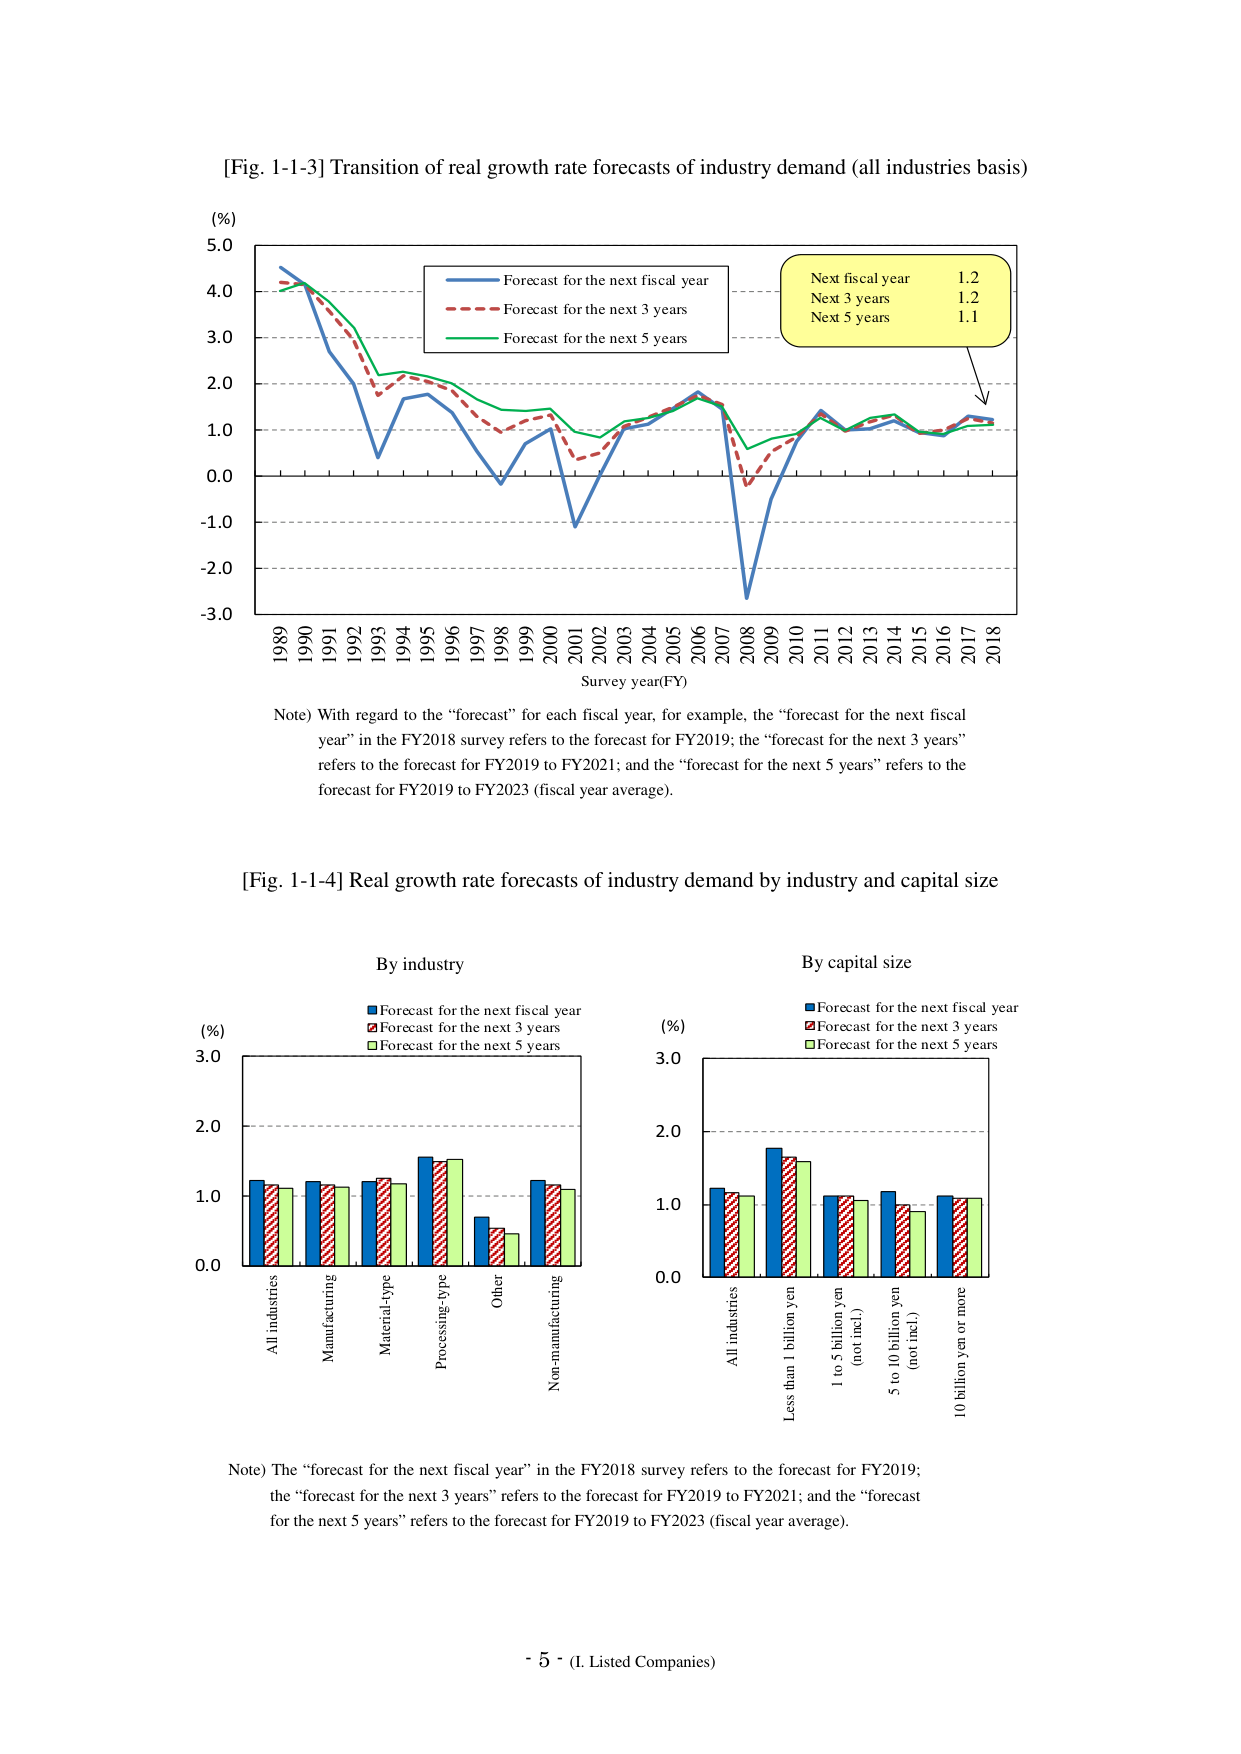
[Fig. 1-1-3] Transition of real growth rate forecasts of industry demand (all industries basis)

(%)
5.0
4.0
3.0
2.0
1.0
0.0
-1.0
-2.0
-3.0

1989 1990 1991 1992 1993 1994 1995 1996 1997 1998 1999 2000 2001 2002 2003 2004 2005 2006 2007 2008 2009 2010 2011 2012 2013 2014 2015 2016 2017 2018
Survey year(FY)

Legend:
- Blue solid line: Forecast for the next fiscal year
- Red dashed line: Forecast for the next 3 years
- Green solid line: Forecast for the next 5 years

Yellow box:
Next fiscal year 1.2
Next 3 years 1.2
Next 5 years 1.1

Note) With regard to the “forecast” for each fiscal year, for example, the “forecast for the next fiscal year” in the FY2018 survey refers to the forecast for FY2019; the “forecast for the next 3 years” refers to the forecast for FY2019 to FY2021; and the “forecast for the next 5 years” refers to the forecast for FY2019 to FY2023 (fiscal year average).

[Fig. 1-1-4] Real growth rate forecasts of industry demand by industry and capital size

By industry
(%)
3.0
2.0
1.0
0.0

Legend:
- Blue bar: Forecast for the next fiscal year
- Red striped bar: Forecast for the next 3 years
- Green bar: Forecast for the next 5 years

X-axis categories:
All industries
Manufacturing
Material-type
Processing-type
Other
Non-manufacturing

By capital size
(%)
3.0
2.0
1.0
0.0

Legend:
- Blue bar: Forecast for the next fiscal year
- Red striped bar: Forecast for the next 3 years
- Green bar: Forecast for the next 5 years

X-axis categories:
All industries
Less than 1 billion yen
1 to 5 billion yen (not incl.)
5 to 10 billion yen (not incl.)
10 billion yen or more

Note) The “forecast for the next fiscal year” in the FY2018 survey refers to the forecast for FY2019; the “forecast for the next 3 years” refers to the forecast for FY2019 to FY2021; and the “forecast for the next 5 years” refers to the forecast for FY2019 to FY2023 (fiscal year average).

- 5 - (I. Listed Companies)